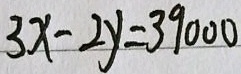
3 x - 2 y = 3 9 0 0 0